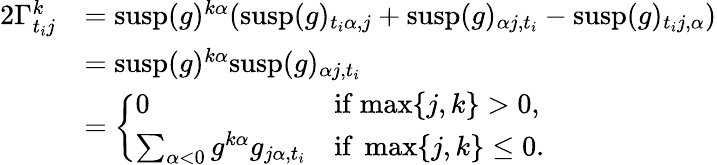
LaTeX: \begin{array}{rl}{2\Gamma_{t_{i}j}^{k}}&{=\mathrm{susp}(g)^{k\alpha}(\mathrm{susp}(g)_{t_{i}\alpha,j}+\mathrm{susp}(g)_{\alpha j,t_{i}}-\mathrm{susp}(g)_{t_{i}j,\alpha})}\\ &{=\mathrm{susp}(g)^{k\alpha}\mathrm{susp}(g)_{\alpha j,t_{i}}}\\ &{=\left\{ \begin{array}{ll}{0}&{\mathrm{if~}\mathrm{max}\{ j,k\} >0,}\\ {\sum_{\alpha<0}g^{k\alpha}g_{j\alpha,t_{i}}}&{\mathrm{if~}\operatorname*{max}\{ j,k\} \leq 0.}\end{array}\right.}\end{array}